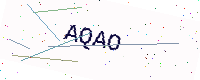
Text: AQAO